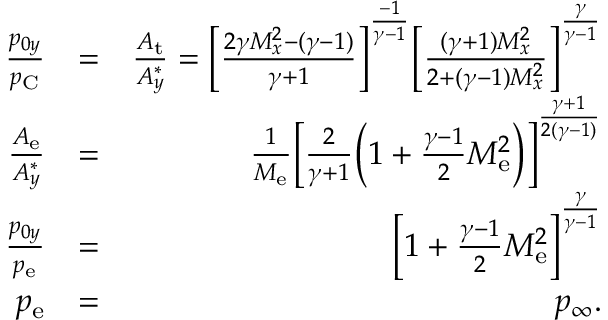
\begin{array} { r l r } { \frac { p _ { 0 y } } { p _ { \mathrm { C } } } } & { = } & { \frac { A _ { \mathrm { t } } } { A _ { y } ^ { * } } = \bigg [ \frac { 2 \gamma M _ { x } ^ { 2 } - ( \gamma - 1 ) } { \gamma + 1 } \bigg ] ^ { \frac { - 1 } { \gamma - 1 } } \bigg [ \frac { ( \gamma + 1 ) M _ { x } ^ { 2 } } { 2 + ( \gamma - 1 ) M _ { x } ^ { 2 } } \bigg ] ^ { \frac { \gamma } { \gamma - 1 } } } \\ { \frac { A _ { \mathrm { e } } } { A _ { y } ^ { * } } } & { = } & { \frac { 1 } { M _ { \mathrm { e } } } \bigg [ \frac { 2 } { \gamma + 1 } \bigg ( 1 + \frac { \gamma - 1 } { 2 } M _ { \mathrm { e } } ^ { 2 } \bigg ) \bigg ] ^ { \frac { \gamma + 1 } { 2 ( \gamma - 1 ) } } } \\ { \frac { p _ { 0 y } } { p _ { \mathrm { e } } } } & { = } & { \bigg [ 1 + \frac { \gamma - 1 } { 2 } M _ { \mathrm { e } } ^ { 2 } \bigg ] ^ { \frac { \gamma } { \gamma - 1 } } } \\ { p _ { \mathrm { e } } } & { = } & { p _ { \infty } . } \end{array}